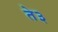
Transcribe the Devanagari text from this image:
ते३